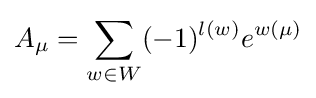
A_{\mu }=\sum _{w\in W}(-1)^{l(w)}e^{w(\mu )}